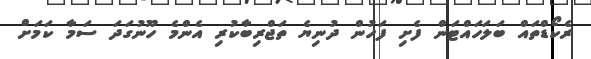
ރެކޯޑްތައް ބަލަަހައްޓަން ފެށި ފަހުން ދުނިޔެ ތަޖްރިބާކުރި އެންމެ ހޫނުގަދަ ސަމާ ކަމަށް